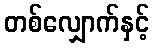
တစ်လျှောက်နှင့်